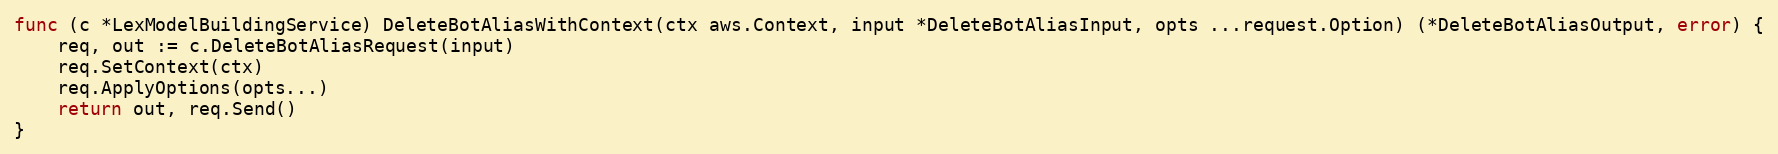
Language: Go
func (c *LexModelBuildingService) DeleteBotAliasWithContext(ctx aws.Context, input *DeleteBotAliasInput, opts ...request.Option) (*DeleteBotAliasOutput, error) {
	req, out := c.DeleteBotAliasRequest(input)
	req.SetContext(ctx)
	req.ApplyOptions(opts...)
	return out, req.Send()
}